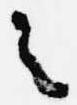
之